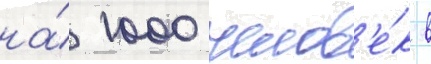
на́ 1000 челов'е́к в